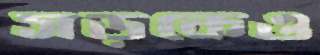
সড়কেও